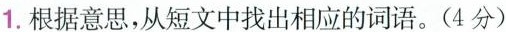
1.根据意思，从短文中找出相应的词语。(4分)